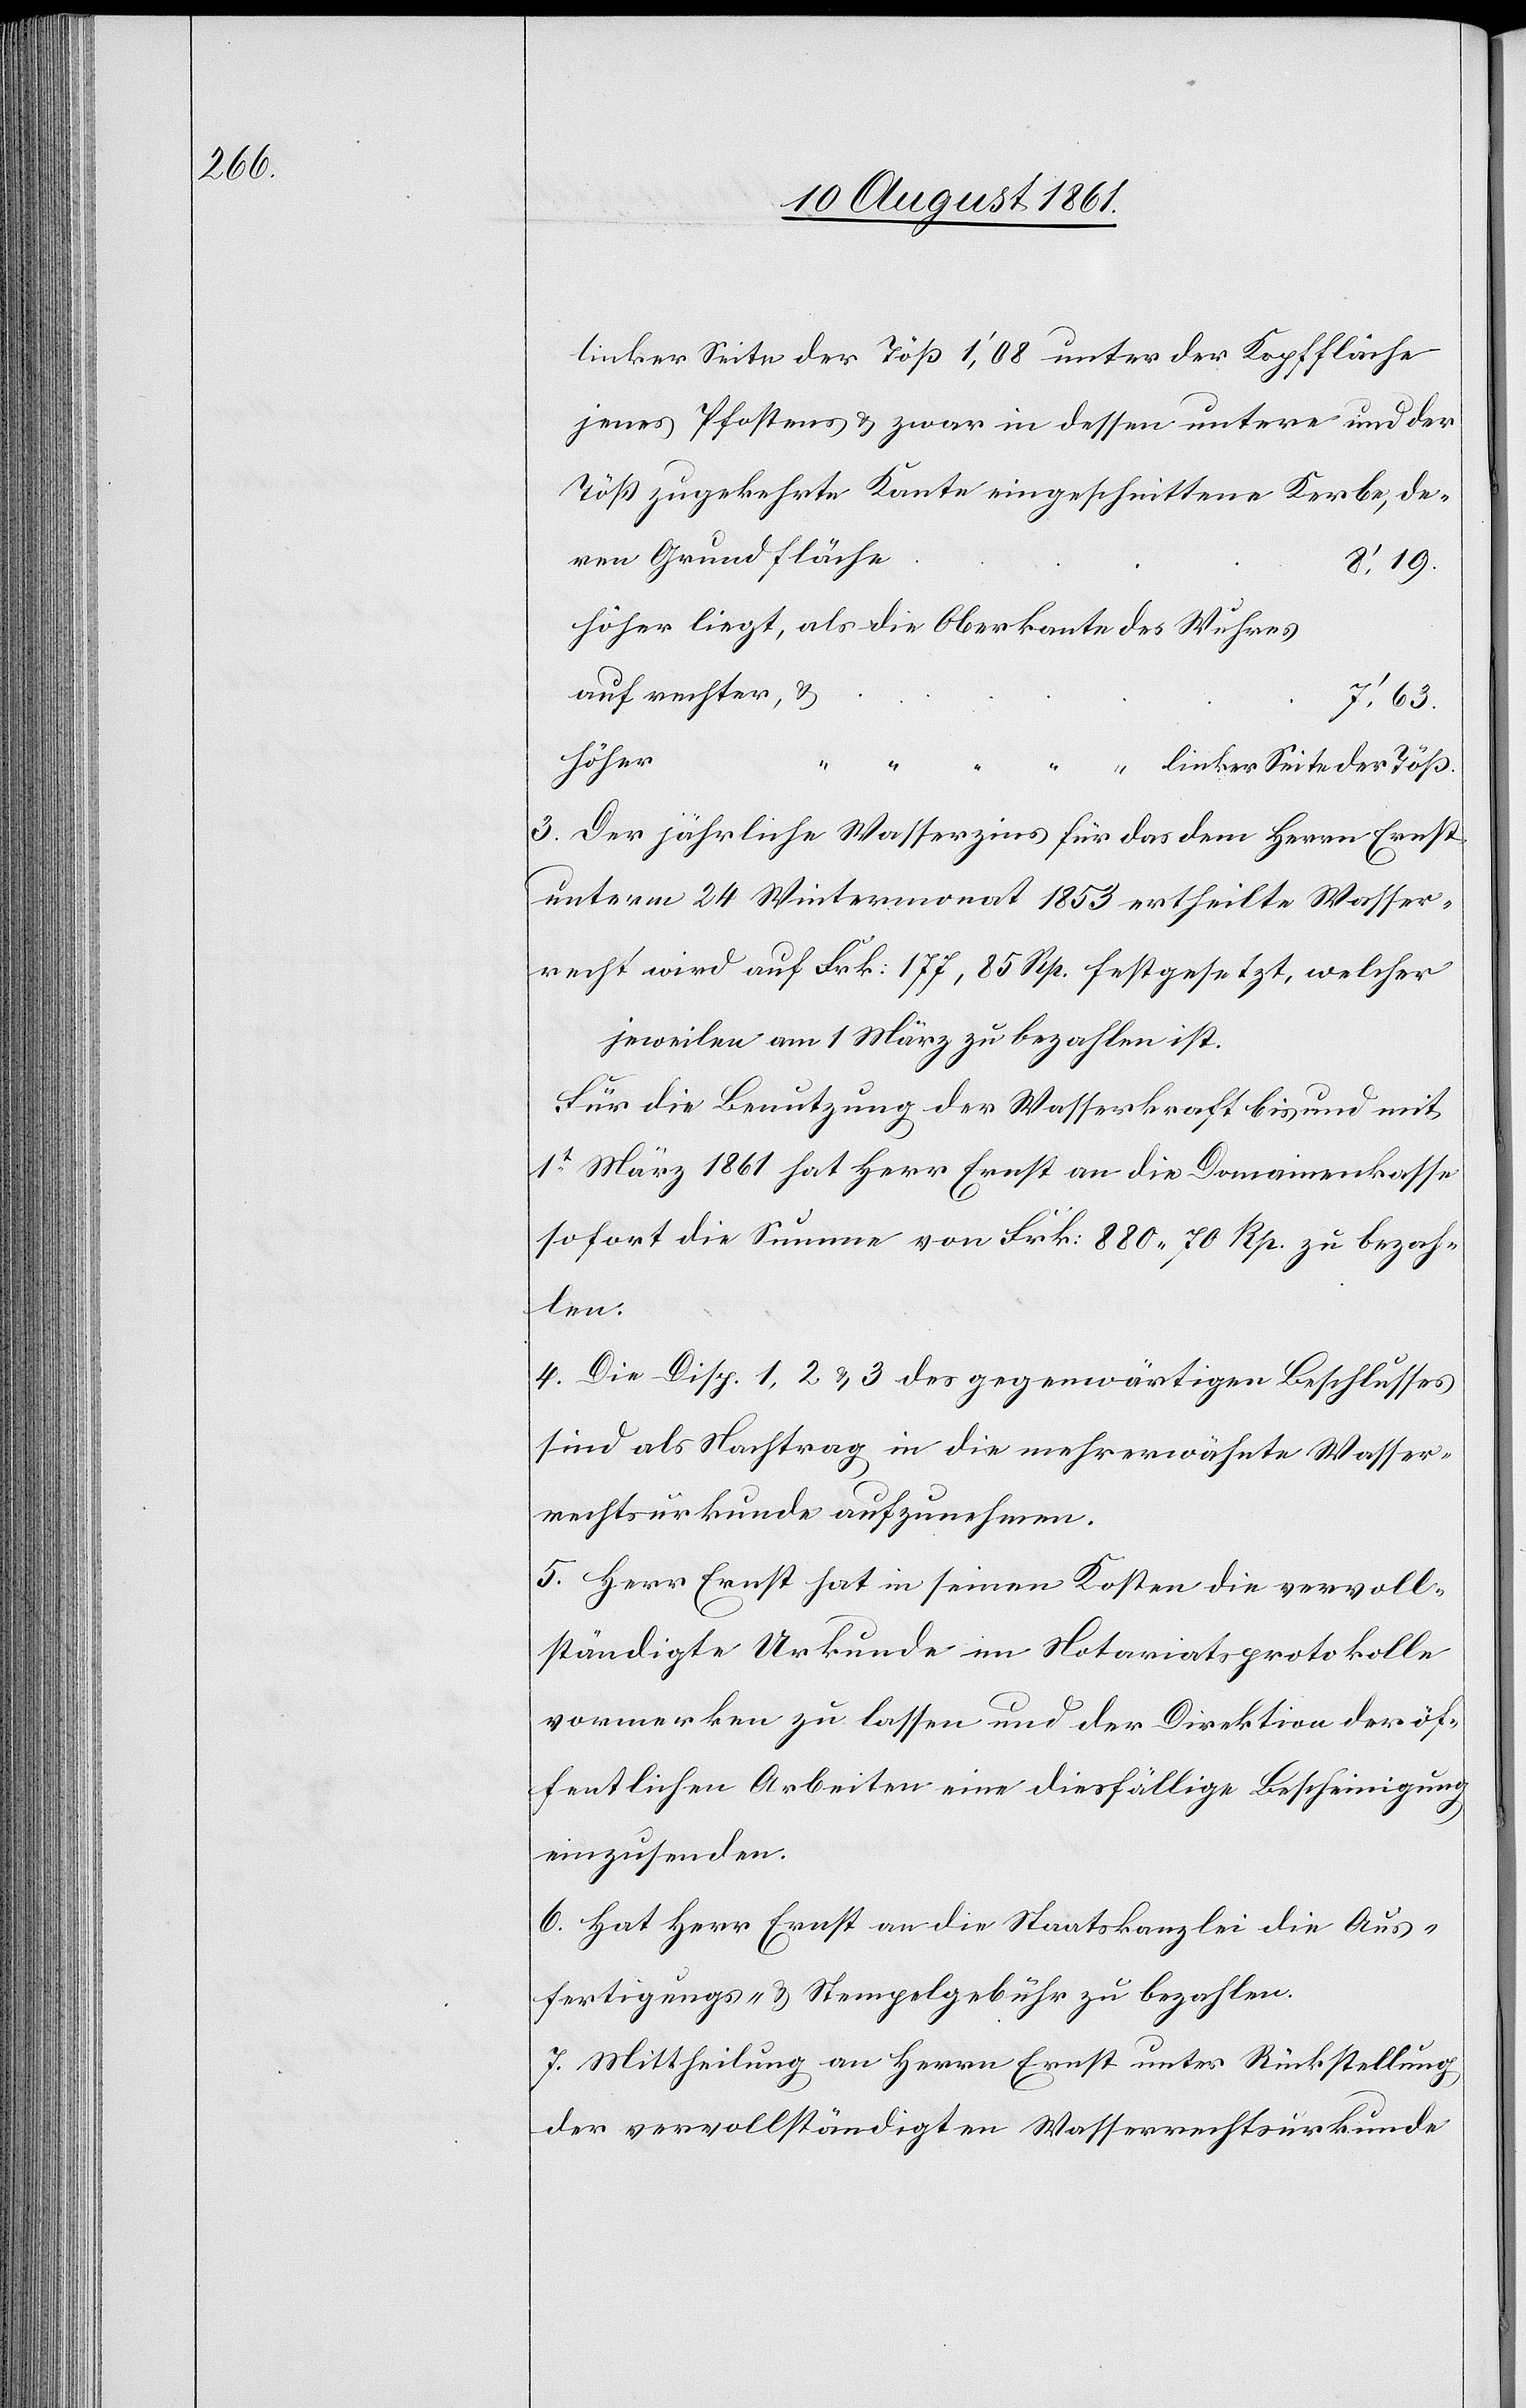
linker Seite der Töß 1’,08 unter der Kopffläche
jenes Pfostens u. zwar in dessen untere und der
Töß zugekehrte Kante eingeschnittene Kerbe, de¬
höher liegt, als die Oberkante des Wuhres
auf rechter, u.
ren
linker Seite der Töß.
3. Der jährliche Wasserzins für das dem Herrn Ernst
unterm 24 Wintermonat 1853 ertheilte Wasser¬
recht wird auf Frk. 177. 85 Rp. festgesetzt, welcher
jeweilen am 1 März zu bezahlen ist.
Für die Benutzung der Wasserkraft bis und mit
1t März 1861 hat Herr Ernst an die Domainenkasse
sofort die Summe von Frk. 880. 70 Rp. zu bezah¬
len.
4. Die Disp. 1, 2 u. 3 des gegenwärtigen Beschlusses
sind als Nachtrag in die mehrerwähnte Wasser¬
rechtsurkunde aufzunehmen.
5. Herr Ernst hat in seinen Kosten die vervoll¬
ständigte Urkunde im Notariatsprotokolle
vormerken zu lassen und der Direktion der öf¬
fentlichen Arbeiten eine diesfällige Bescheinigung
einzusenden.
6. Hat Herr Ernst an die Staatskanzlei die Aus¬
fertigungs- u. Stempelgebühren zu bezahlen.
7. Mittheilung an Herrn Ernst unter Rückstellung
der vervollständigten Wasserrechtsurkunde